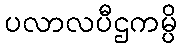
ပလာလပီဌကမ္ပိ